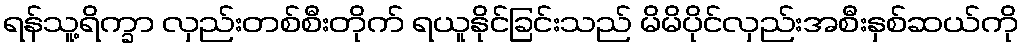
ရန်သူ့ရိက္ခာ လှည်းတစ်စီးတိုက် ရယူနိုင်ခြင်းသည် မိမိပိုင်လှည်းအစီးနှစ်ဆယ်ကို